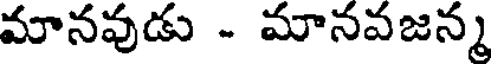
మానవుడు - మానవజన్మ